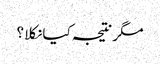
مگر نتیجہ کیا نکلا ؟